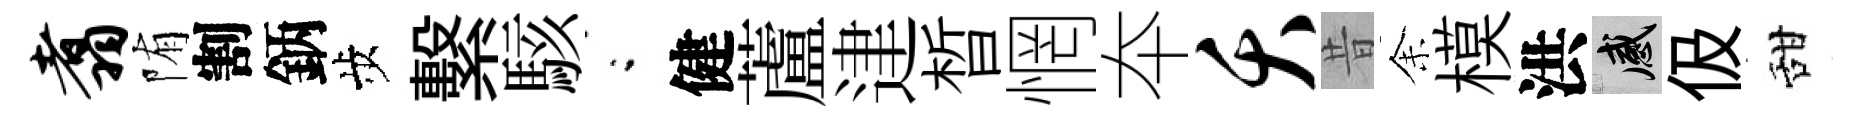
翥陏割鈵歩繫駭閤健蘆䢖晳惘夲夭昔𪜬模洪感伋甜